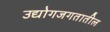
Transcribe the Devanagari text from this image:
उद्योगजगतातील